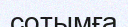
сотымға